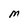
Character: M